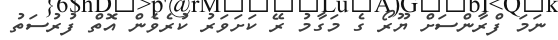
ނަމަ ފްރާންސަށް ޔޫރޯ ގެ މަގާމު ރޭ ކަށަވަރު ކުރެވެން އޮތް ފުރުސަތު